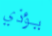
يؤذي